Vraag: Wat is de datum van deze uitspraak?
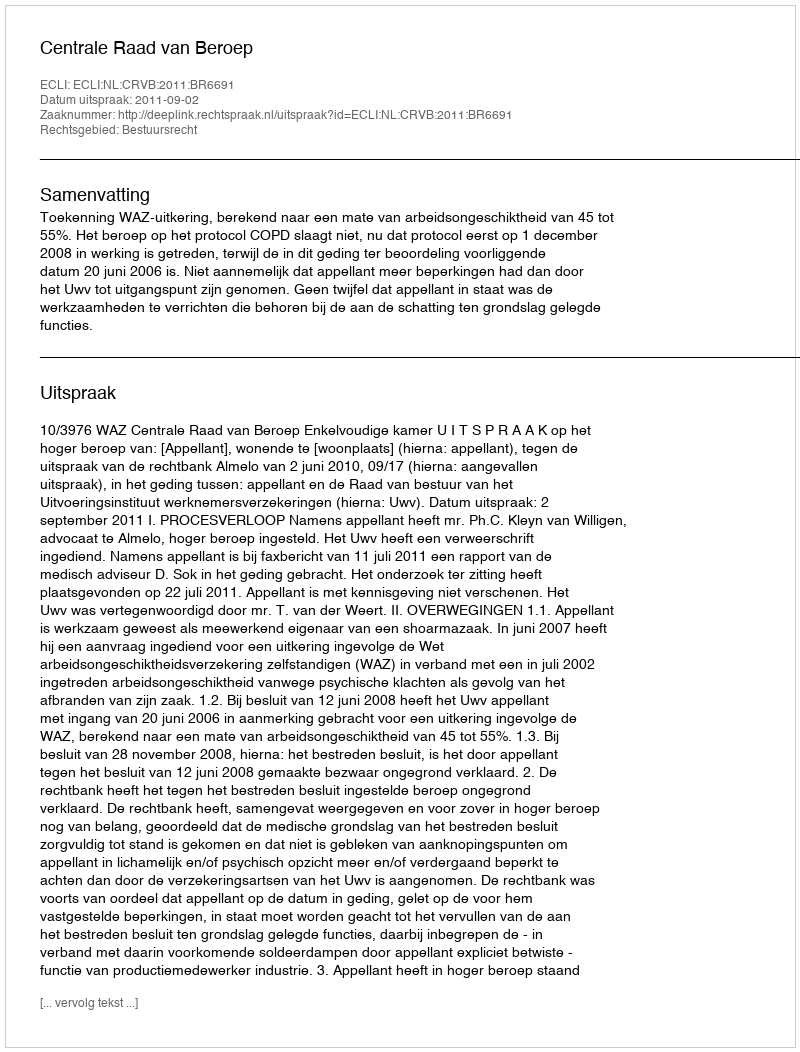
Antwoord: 2011-09-02